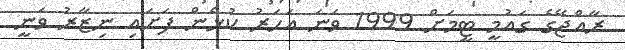
ރާއްޖޭގެ ގައުމީ ޓީމަށް 1999 ވަނަ އަހަރު ކުޅެން ފަށައި ނިޒާރު ވަނީ